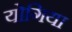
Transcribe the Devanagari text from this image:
योगिया